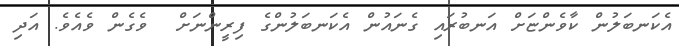
އެކަނބަލުން ކާވެންޏަށް އަނބުރައި ގެނައުން އެކަނބަލުންގެ ފިރީންނަށް  ވެގެން ވެއެވެ. އަދި